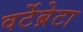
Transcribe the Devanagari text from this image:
वर्टेब्रेटा